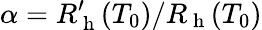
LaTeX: \alpha=R_{\mathrm{~h~}}^{\prime}(T_{0})/R_{\mathrm{~h~}}(T_{0})